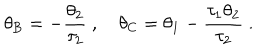
\theta _ { \mathrm { B } } = - \frac { \theta _ { 2 } } { \tau _ { 2 } } \ , \quad \theta _ { \mathrm { C } } = \theta _ { 1 } - \frac { \tau _ { 1 } \theta _ { 2 } } { \tau _ { 2 } } \ .